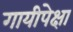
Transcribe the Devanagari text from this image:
गायीपेक्षा